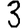
Digit: 3